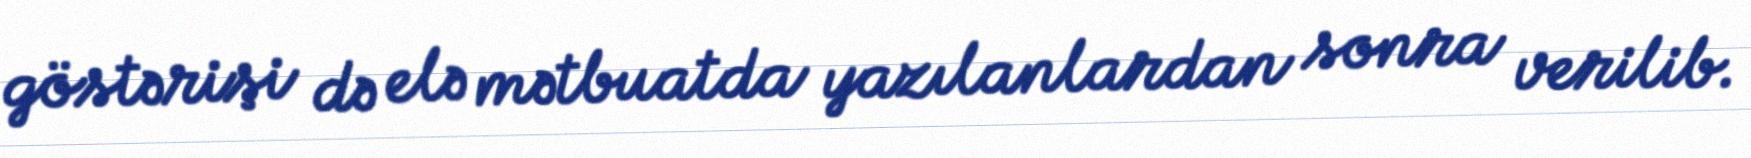
göstərişi də elə mətbuatda yazılanlardan sonra verilib.